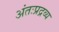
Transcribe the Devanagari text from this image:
अंतःप्रद्रव्य